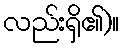
လည်းရှိ၏)။